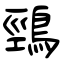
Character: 鵛